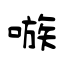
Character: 嗾